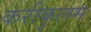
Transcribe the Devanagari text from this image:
करीकुलम